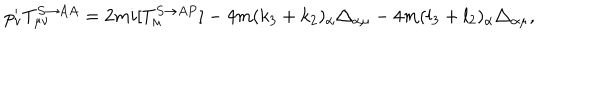
LaTeX: p _ { \nu } ^ { \prime } T _ { \mu \nu } ^ { S \rightarrow A A } = 2 m i [ T _ { \mu } ^ { S \rightarrow A P } ] - 4 m ( k _ { 3 } + k _ { 2 } ) _ { \alpha } \triangle _ { \alpha \mu } - 4 m ( l _ { 3 } + l _ { 2 } ) _ { \alpha } \triangle _ { \alpha \mu } ,